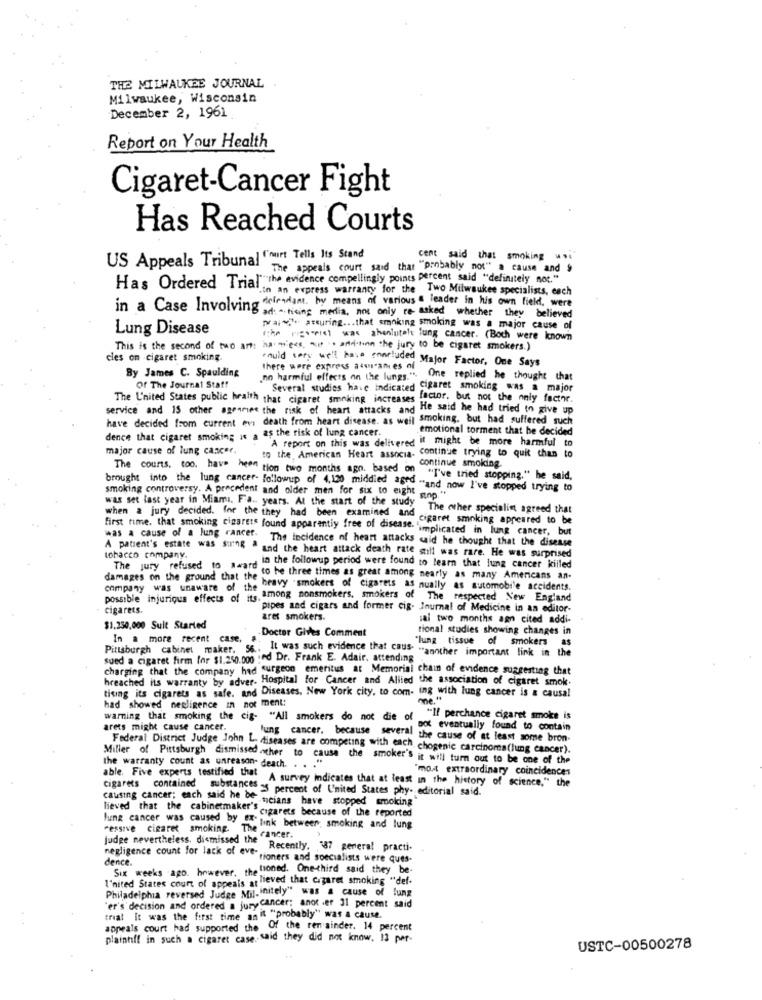
THE MILWAUKEE JOURNAL
Milwaukee, Wisconsin
December 2, 1961
Report on Your Health
Cigaret-Cancer Fight
Has Reached Courts
US Appeals Tribunal Court Tells Its Stand
cent said that smoking ...
The appeals court said that "probably not" a causa and
Has Ordered Trial the evidence compellingly points percent said "definitely not."
In an express warranty for the Two Milwaukee specialists, each
in a Case Involving icant. by means of various a leader in his own field, were
Sad: -. tising medlia, not only re- asked whether they believed
Lung Disease
pal~" ateuring ... that smoking smoking was a major cause of
who rigesniet was abenlutely lung cancer. (Both were known
This is the second of two art:
ha mer, air. anditon the jury to be cigaret smokers.)
cles on cigaret smoking
By James C. Spaulding
could very well hais earluded Major Factor, One Says
there were express assurances of
no harmful effects on the lungs.". One replied he thought that
Of The Journal Stat!
Several studies have indicated Cigaret smoking was a major
The L'nited States public health that cigaret smoking increases factor. but not the only facthr.
service and 15 other agencies the risk of heart attacks and He said he had tried to give up
have decided from current evi death from heart disease. as weil smoking. but had suffered such
dence that cigaret smoking is a as the risk of lung cancer.
emotional torment that he decided
A report on this was delivered it might be more harmful to
major cause of lung cancer.
to the American Heart associa. continue trying to quit than to
The courts, too, have been tion two months ago. based on
continue smoking.
"I've tried stopping." he said,
brought into the lung cancer- followup of 4,130 middled aged " and now I've stopped trying to
smoking controversy. A precedent and older men for six to eight
was set last year in Miami. Fa .. years. At the start of the study
stop.
when a jury decided. Ine the they had been examined and
The other specialin agreed that
cigaret smoking appeared to be
first time. that smoking cigarets found apparently free of disease. "implicated in lung cancer, but
"implicated in lung cancer, but
was a cause of a lung cancer. The incidence of heart attacks said he thought that the disease
A patient's estate was sung ª and the heart attack death rate still was rare. He was surprised
tobacco company.
in the followup period were found to learn that lung cancer killed
The jury refused to #ward co he three times as great among nearly as many Americans an-
company was unaware of the
damages on the ground that the heavy - smokers of cigarets as nually as automobile accidents.
possible injurious effects of its.
among nonsmokers, smokers of The respected New England
cigarets.
pipes and cigars and former cig- Journal of Medicine in an editor-
ares smokers.
sal two months agn cited addi-
$1,250,000 Suit Started
-Doctor Gives Comment
tional studies showing changes in
In a more recent case,
"lung tissue of smokers as
Pittsburgh cabinet maker. 56 ..
It was such evidence that caus -..
S "another important link in the
sued a cigaret firm Inr $1.250.000 :ed Dr. Frank E. Adair. attending
charging that the company had surgeon emeritus at Memorial chain of evidence suggesting that
hreached its warranty by adver. Hospital for Cancer and Allied the association of cigaret smok.
tising its cigarets as safe. and Diseases, New York city, to com- ing with lung cancer is a causal
had showed negligence in not ment:
warning that smoking the cig- "All smokers do not die of
"If perchance cigaret smoke is
arets might cause cancer.
Dot eventually found to contain
. lung cancer, because several the cause of at least some bron-
Federal District Judge John L- diseases are competing with each chogenic carcinoma(lung cancer).
Miller of Pittsburgh dismissed ather to cause the smoker's it will turn out to be one of the
the warranty count as unreason- death. . . .
"most extraordinary coincidences
able. Five experts testified that A survey indicates that at least in the history of science," the
cigarets contained substances 3 percent of United States phy- editorial said.
causing cancer; each said he be meians have stopped smoking"
lieved that the cabinetmaker's czarets because of the reported
"essive cigaret smoking. The cancer,
link between, smoking and lung
judge nevertheless, dismissed the
cancer.
Recently, 87 general practi-
negligence count for lack of ever tioners and specialists were ques-
dence.
Six weeks ago. however, the tioned. One-third said they be-
I'nited States court of appeals at lieved that cigaret smoking "def-
Philadelphia reversed Judge Mil-initely" was a cause of lung
er's decision and ordered a jury cancer; anot .er 31 percent said
trial It was the first time an "t "probably" was a cause.
appeals court had supported the Of the remainder. 14 percent
plaintiff in such a cigaret case. said they did not know. 13 per-
USTC-00500278